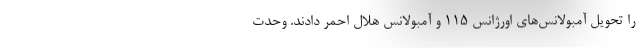
را تحویل آمبولانس‌های اورژانس ۱۱۵ و آمبولانس هلال احمر دادند. وحدت